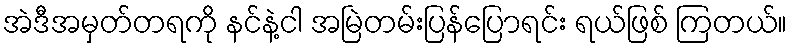
အဲဒီအမှတ်တရကို နင်နဲ့ငါ အမြဲတမ်းပြန်ပြောရင်း ရယ်ဖြစ် ကြတယ်။